65_HS1-834228961_62-HQ-83894_SUB_A
Agency: FBI
Page 112
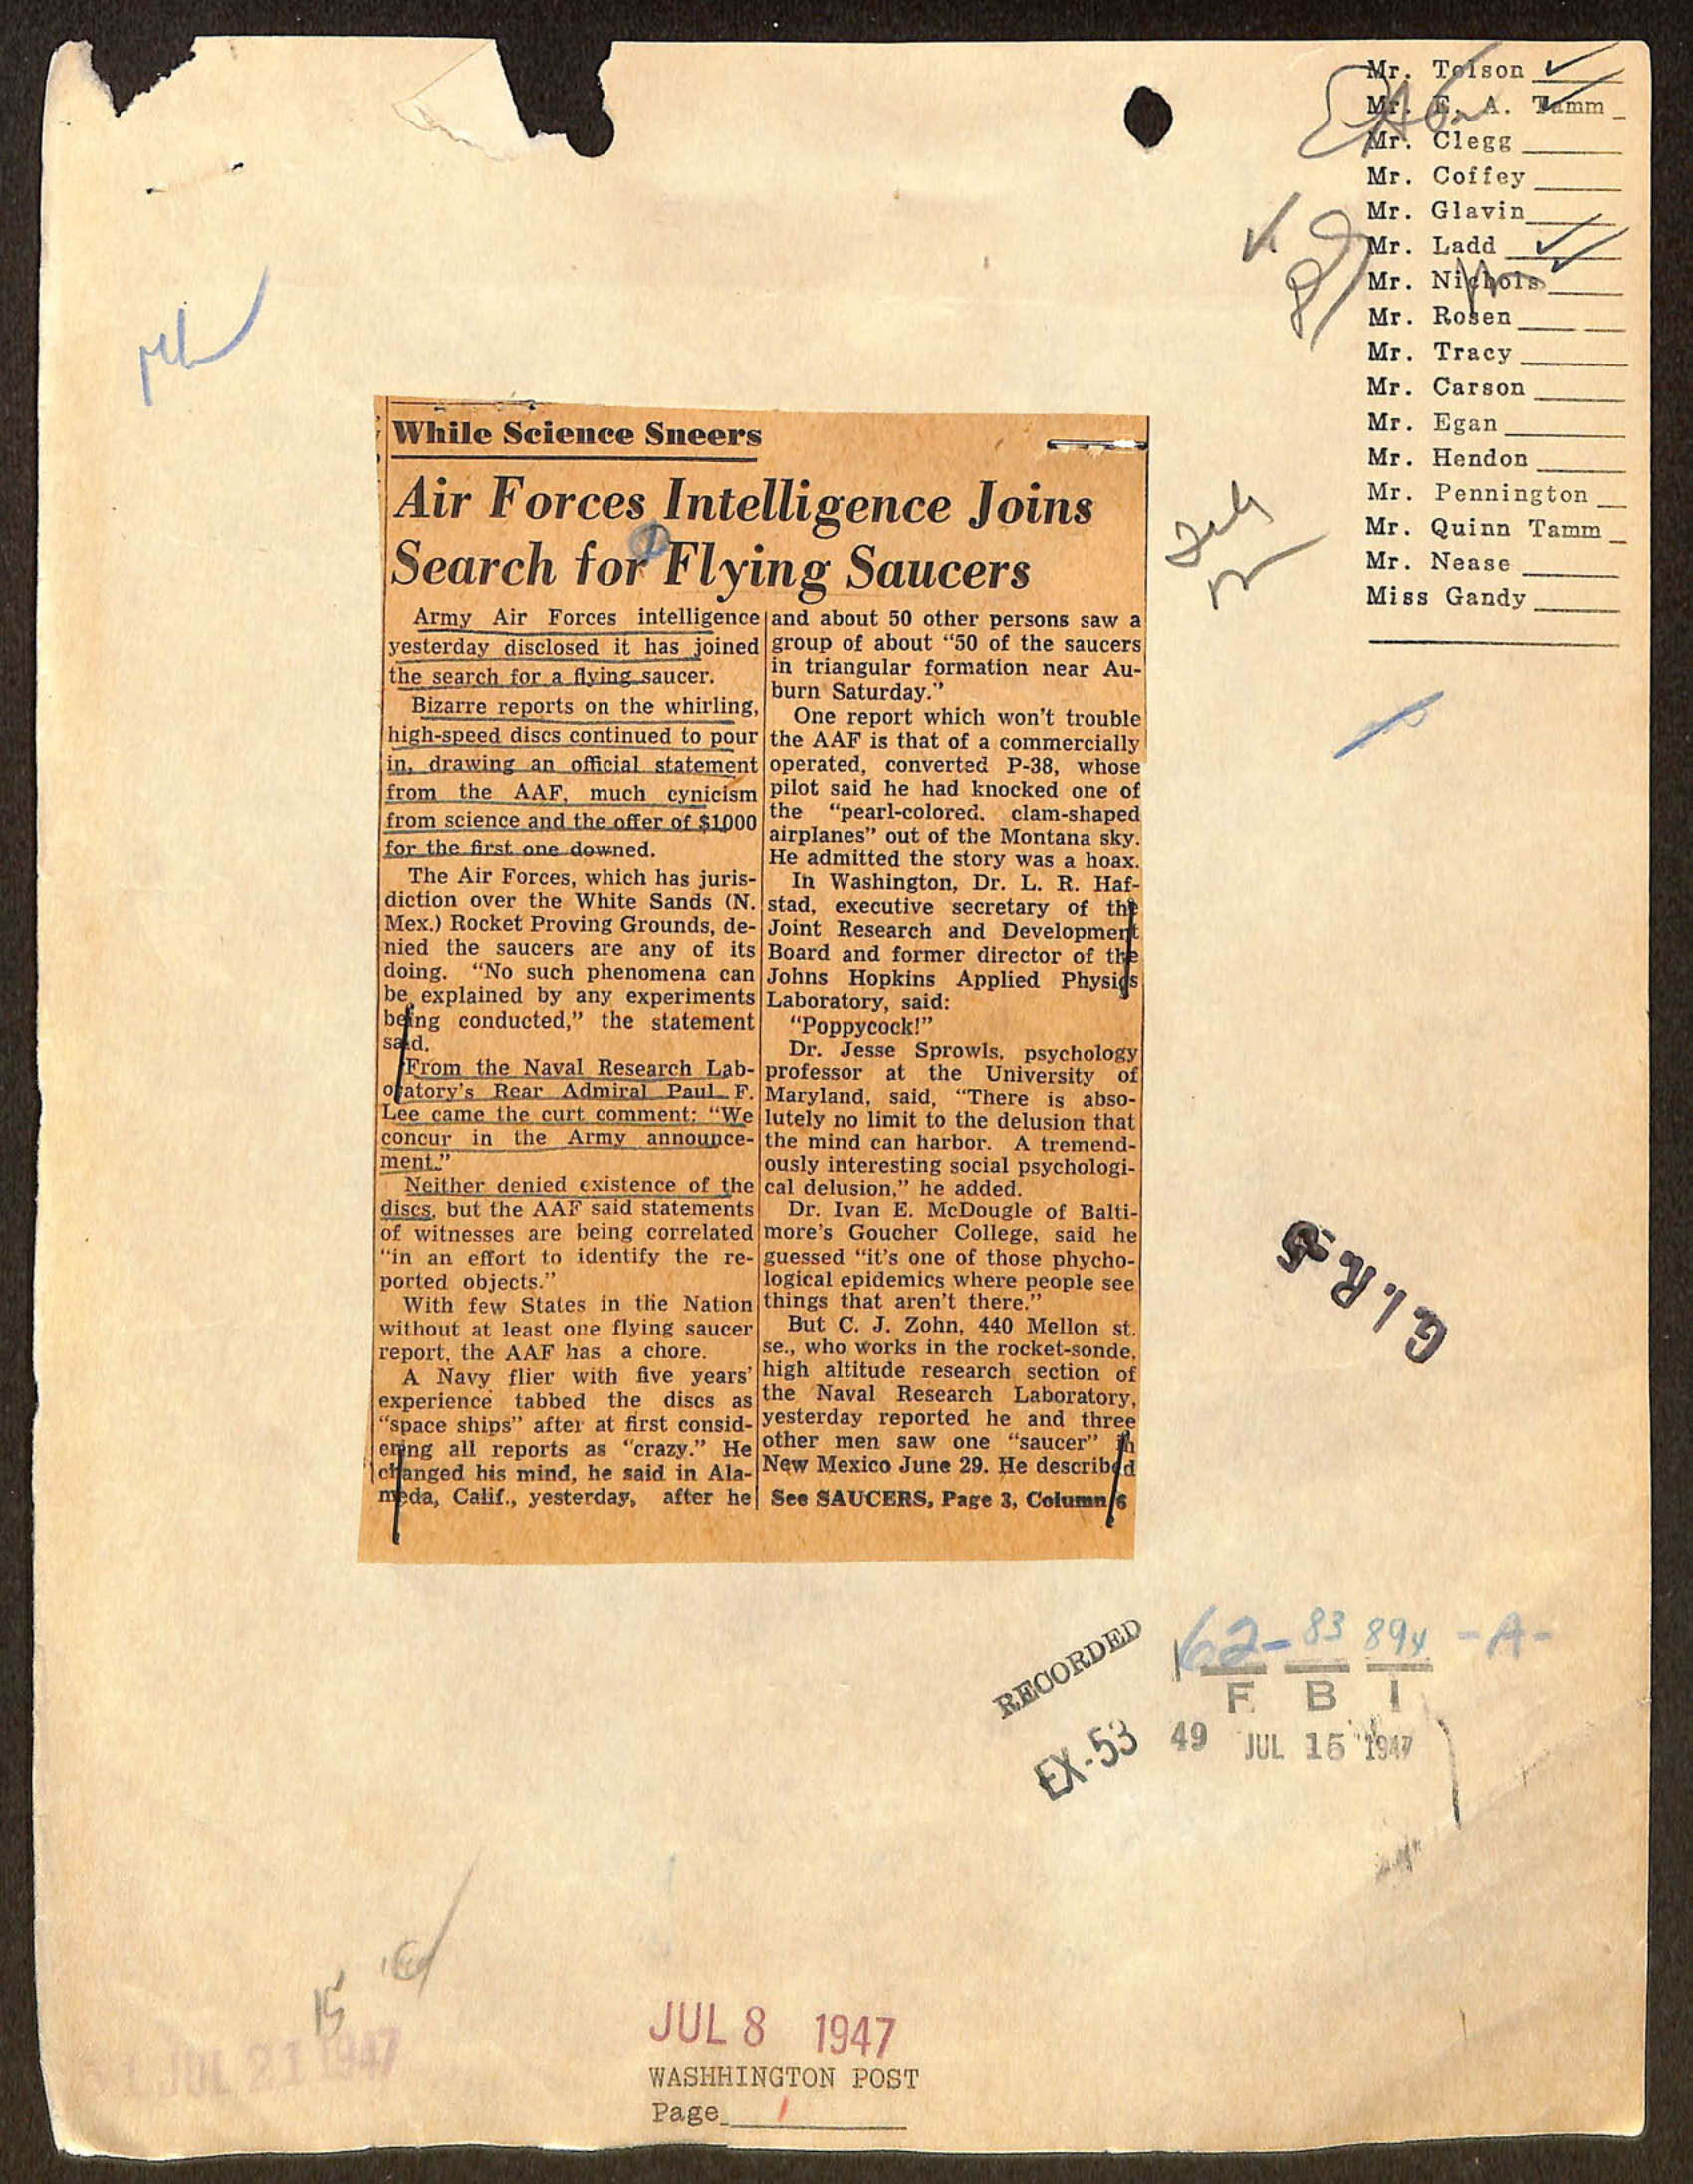